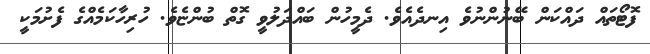
ފޮޓޯތައް ދައްކަން ބޭނުންނުވެ އިނދެއެވެ. ދެމީހުން ބައްދަލުވީ ގޮތް ބުންޏެވެ. ހުރިހާކަމެއްގެ ފެށުމަކީ